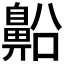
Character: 𪖝